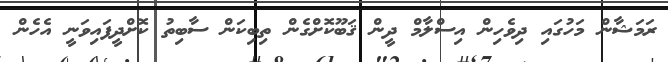
ރަމަޝާން މަހުގައި ދިވެހިން އިސްލާމް ދީން ޤަބޫކޮށްގެން ތިބިކަން ސާބިތު ކޮށްދީފައިވަނީ އެހެން